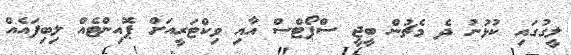
ލީގުގައި ކުޅުނު ދެ މެޗުން ބީޖީ ސްޕޯޓްސް އާއި ވިކްޓަރީއަށް ޕޮއިންޓެއް ލިބިފައެއް